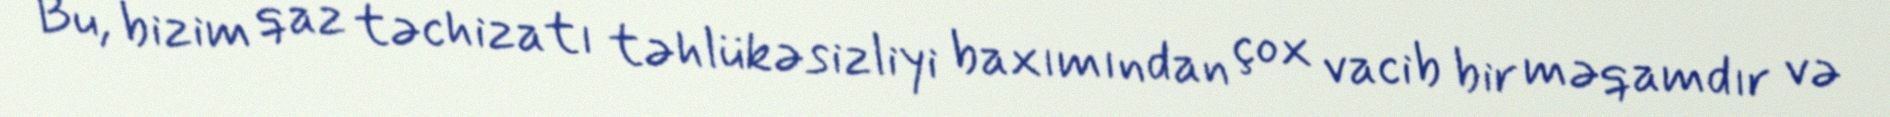
Bu, bizim qaz təchizatı təhlükəsizliyi baxımından çox vacib bir məqamdır və